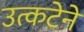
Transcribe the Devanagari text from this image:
उत्कटेने